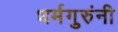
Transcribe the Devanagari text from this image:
धर्मगुरुंनी